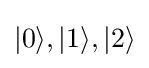
|0\rangle ,|1\rangle ,|2\rangle